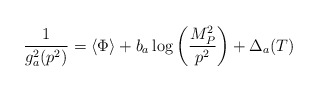
\begin{align*}\frac{1}{g_{a}^{2}(p^{2})}=\langle\Phi\rangle+b_{a}\log{\left(\frac{M_{P}^{2}}{p^{2}}\right)}+\Delta_{a}(T)\end{align*}